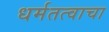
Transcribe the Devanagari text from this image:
धर्मतत्वाचा